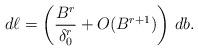
LaTeX: \begin{align*}d \ell = \left( \frac{B^r}{\delta_0^r} + O(B^{r+1}) \right)\, db.\end{align*}